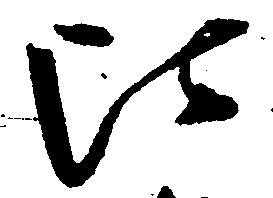
比